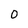
Character: 0